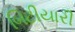
બિટીયારી